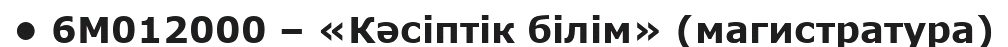
• 6М012000 – «Кәсіптік білім» (магистратура)